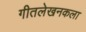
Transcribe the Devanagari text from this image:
गीतलेखनकला